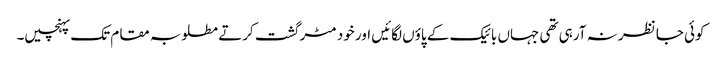
کوئی جا نظر نہ آرہی تھی جہاں بائیک کے پاؤں لگائیں اور خود مٹر گشت کرتے مطلوبہ مقام تک پہنچیں۔